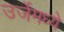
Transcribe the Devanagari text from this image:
उर्जेमध्ये